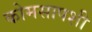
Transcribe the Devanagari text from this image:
कोमसापशी